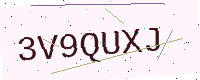
Text: 3V9QUXJ